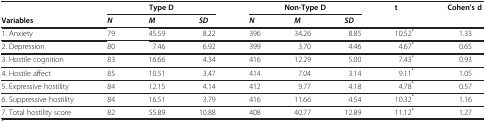
<table><thead><tr><td><b> </b></td><td colspan="3"><b>Type D</b></td><td colspan="3"><b>Non-Type D</b></td><td rowspan="2"><b>t</b></td><td rowspan="2"><b>Cohen’s d</b></td></tr><tr><td><b>Variables</b></td><td><b><i>N</i></b></td><td><b><i>M</i></b></td><td><b><i>SD</i></b></td><td><b><i>N</i></b></td><td><b><i>M</i></b></td><td><b><i>SD</i></b></td></tr></thead><tbody><tr><td>1. Anxiety</td><td>79</td><td>45.59</td><td>8.22</td><td>396</td><td>34.26</td><td>8.85</td><td>10.52<sup>*</sup></td><td>1.33</td></tr><tr><td>2. Depression</td><td>80</td><td>7.46</td><td>6.92</td><td>399</td><td>3.70</td><td>4.46</td><td>4.67<sup>*</sup></td><td>0.65</td></tr><tr><td>3. Hostile cognition</td><td>83</td><td>16.66</td><td>4.34</td><td>416</td><td>12.29</td><td>5.00</td><td>7.43<sup>*</sup></td><td>0.93</td></tr><tr><td>4. Hostile affect</td><td>85</td><td>10.51</td><td>3.47</td><td>414</td><td>7.04</td><td>3.14</td><td>9.11<sup>*</sup></td><td>1.05</td></tr><tr><td>5. Expressive hostility</td><td>84</td><td>12.15</td><td>4.14</td><td>412</td><td>9.77</td><td>4.18</td><td>4.78<sup>*</sup></td><td>0.57</td></tr><tr><td>6. Suppressive hostility</td><td>84</td><td>16.51</td><td>3.79</td><td>416</td><td>11.66</td><td>4.54</td><td>10.32<sup>*</sup></td><td>1.16</td></tr><tr><td>7. Total hostility score</td><td>82</td><td>55.89</td><td>10.88</td><td>408</td><td>40.77</td><td>12.89</td><td>11.12<sup>*</sup></td><td>1.27</td></tr></tbody></table>